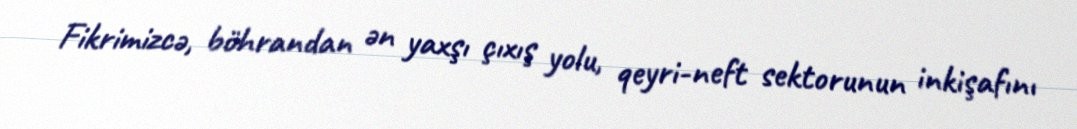
Fikrimizcə, böhrandan ən yaxşı çıxış yolu, qeyri-neft sektorunun inkişafını